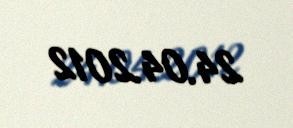
24.04.2012